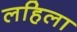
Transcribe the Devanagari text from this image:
लहिला